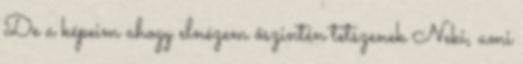
De a képeim ahogy elnézem őszintén tetszenek Neki, ami